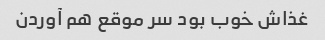
غذاش خوب بود سر موقع هم آوردن